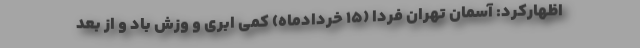
اظهارکرد: آسمان تهران فردا (۱۵ خردادماه) کمی ابری و وزش باد و از بعد